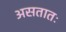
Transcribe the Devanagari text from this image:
असतातः